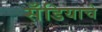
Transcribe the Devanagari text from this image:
सँडियाचे